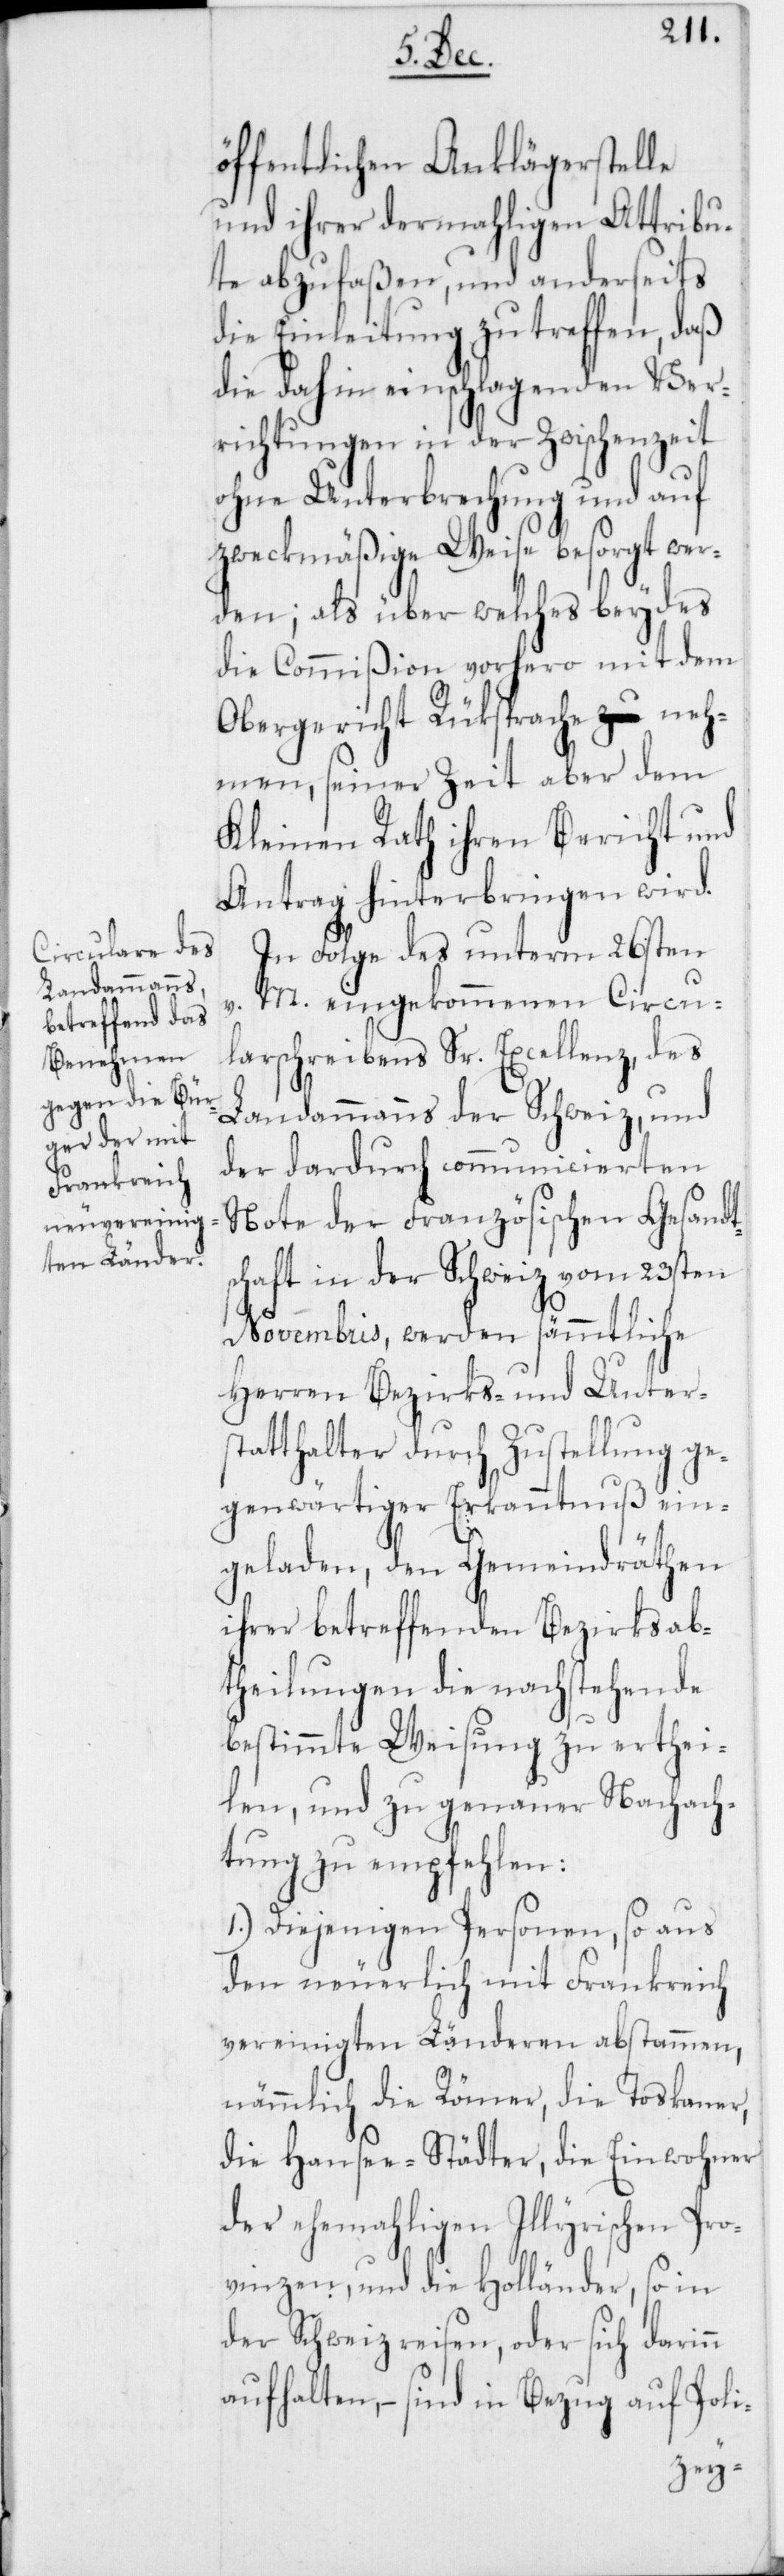
öffentlichen Anklägerstelle
und ihrer dermahligen Attribu¬
te abzufaßen, und anderseits
die Einleitung zu treffen, daß
die dahin einschlagenden Ver¬
richtungen in der Zwischenzeit
ohne Unterbrechung und auf
zweckmäßige Weise besorgt wer¬
den; als über welches beydes
die Commißion vorhero mit dem
Obergericht Rüksprache neh¬
men, seiner Zeit aber dem
Kleinen Rath ihren Bericht und
Antrag hinterbringen wird.
In Folge des unterm 26sten
v. M. eingekommenen Circu¬
larschreibens Sr. Excellenz, des
Landammanns der Schweiz, und
der dardurch communicierten
Note der Französischen Gesandts¬
chaft in der Schweiz vom 23sten
Novembris, werden sämmtliche
Herren Bezirks- und Unter¬
statthalter durch Zustellung ge¬
genwärtiger Erkanntnuß ein¬
geladen, den Gemeindräthen
ihrer betreffenden Bezirksab¬
theilungen die nachstehende
bestimmte Weisung zu erthei¬
len, und zu genauer Nachach¬
tung zu empfehlen:
1.) Diejenigen Personen, so aus
den neuerlich mit Frankreich
vereinigten Länderen abstammen,
nämmlich die Römer, die Toskaner,
die Hansen-Städter, die Einwohner
der ehemaligen Illyrischen Pro¬
vinzen, und die Holländer, so in
der Schweiz reisen, oder sich darinn
aufhalten, – sind in Bezug auf Poli-